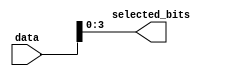
module part_select_example (
    input wire [7:0] data,      // 8-bit input vector
    output wire [3:0] selected_bits // 4-bit output vector
);

// Continuous assignment using part select
assign selected_bits = data[3:0]; // Assigning the lower 4 bits (bits 0 to 3) of 'data'

endmodule